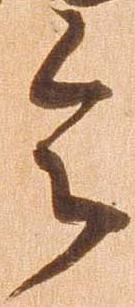
令